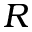
R